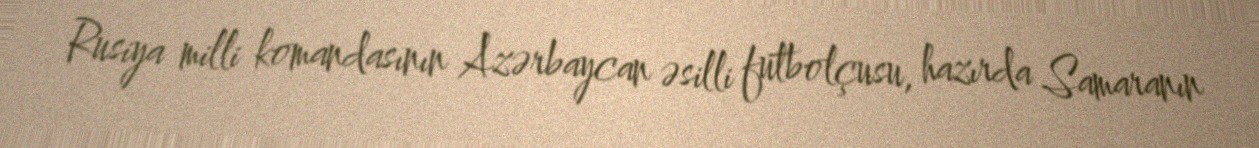
Rusiya milli komandasının Azərbaycan əsilli futbolçusu, hazırda Samaranın